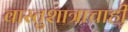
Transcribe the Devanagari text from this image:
वास्तुशात्राचाही